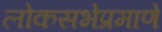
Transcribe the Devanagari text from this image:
लोकसभेप्रमाणे